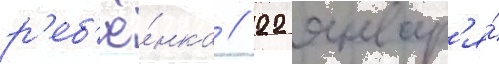
р'еб'ё́нка // 22 январ'я́